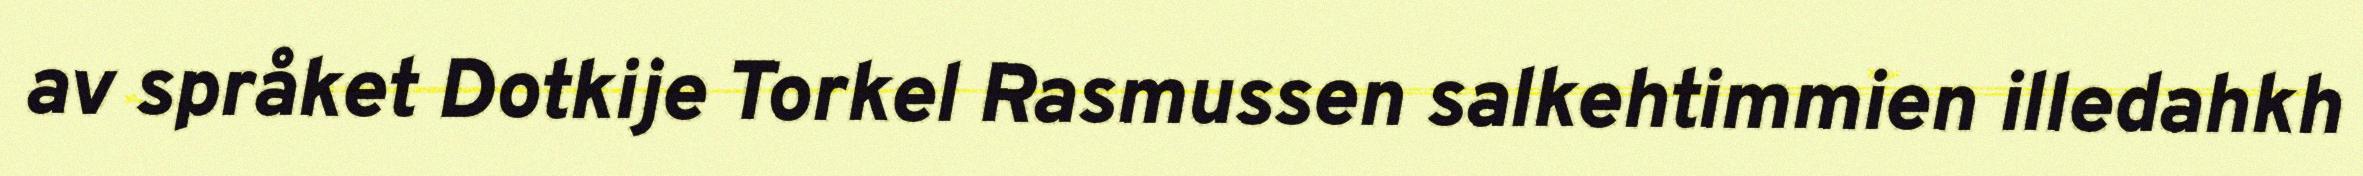
av språket Dotkije Torkel Rasmussen salkehtimmien illedahkh